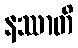
နဿာတိ